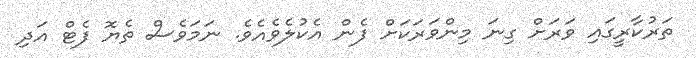
ތަރުކާރީގައި ވަރަށް ގިނަ މިންވަރަކަށް ފެން އެކުލެވެއެވެ. ނަމަވެސް ތެޔޮ ފެޓް އަދި